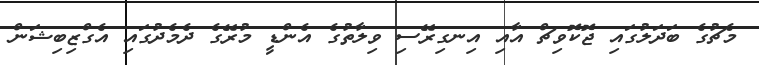
މެޗުގެ ބަދަލުގައި ޖޮކޮވިޗް އާއި އިނގިރޭސި ވިލާތުގެ އެންޑީ މުރޭގެ ދެމެދުގައި އެގްޒިބިޝަން